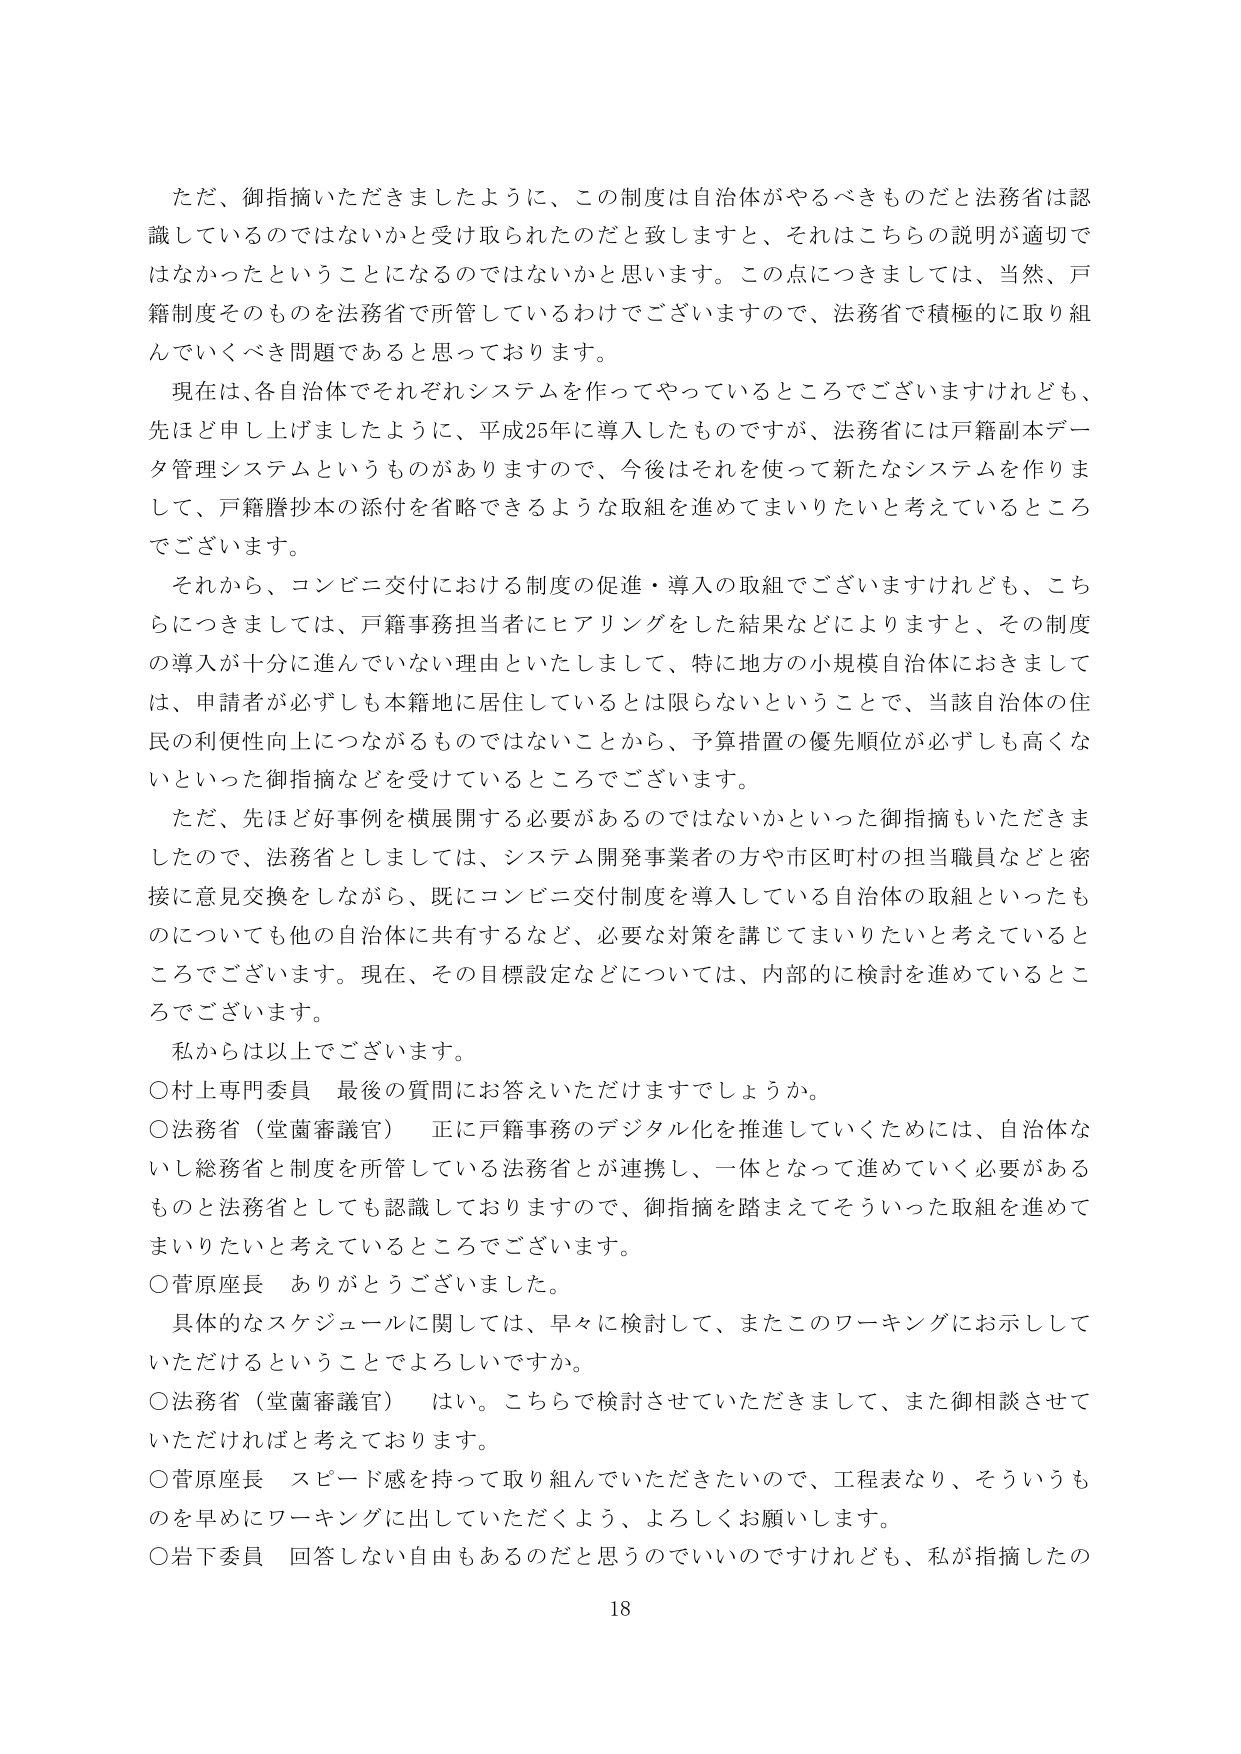
ただ、御指摘いただきましたように、この制度は自治体がやるべきものだと法務省は認識しているのではないかと受け取られたのだと致しますと、それはこちらの説明が適切ではなかったということになるのではないかと思います。この点につきましては、当然、戸籍制度そのものを法務省で所管しているわけでございますので、法務省で積極的に取り組んでいくべき問題であると思っております。

現在は、各自治体でそれぞれシステムを作ってやっているところでございますけれども、先ほど申し上げましたように、平成25年に導入したものですが、法務省には戸籍副本データ管理システムというものがありますので、今後はそれを使って新たなシステムを作りまして、戸籍謄抄本の添付を省略できるような取組を進めてまいりたいと考えているところでございます。

それから、コンビニ交付における制度の促進・導入の取組でございますけれども、こちらにつきましては、戸籍事務担当者にヒアリングをした結果などによりますと、その制度の導入が十分に進んでいない理由といたしまして、特に地方の小規模自治体におきましては、申請者が必ずしも本籍地に居住しているとは限らないということで、当該自治体の住民の利便性向上につながるものではないことから、予算措置の優先順位が必ずしも高くないといった御指摘などを受けていているところでございます。

ただ、先ほど好事例を横展開する必要があるのではないかといった御指摘もいただきましたので、法務省としましては、システム開発事業者の方や市区町村の担当職員などと密接に意見交換をしながら、既にコンビニ交付制度を導入している自治体の取組といったものについても他の自治体に共有するなど、必要な対策を講じてまいりたいと考えているところでございます。現在、その目標設定などについては、内部的に検討を進めているところでございます。

私からは以上でございます。

○村上専門委員 最後の質問にお答えいただけますでしょうか。

○法務省（堂薗審議官） 正に戸籍事務のデジタル化を推進していくためには、自治体ないし総務省と制度を所管している法務省とが連携し、一体となって進めていく必要があるものと法務省としても認識しておりますので、御指摘を踏まえてそういった取組を進めてまいりたいと考えているところでございます。

○菅原座長 ありがとうございました。

具体的なスケジュールに関しては、早々に検討して、またこのワーキングにお示しいただけるということでしょうか。

○法務省（堂薗審議官） はい。こちらで検討させていただきますして、また御相談させていただければと考えております。

○菅原座長 スピード感を持って取り組んでいただきたいので、工程表なり、そういうものを早めにワーキングに出していただくよう、よろしくお願いします。

○岩下委員 回答しない自由もあるのだと思うのでいいのですけれども、私が指摘したの

18